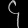
Digit: ၄